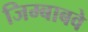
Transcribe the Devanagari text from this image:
जिम्बाबवे